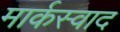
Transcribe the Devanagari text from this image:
मार्कस्वाद